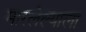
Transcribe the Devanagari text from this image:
मारलेल्‍याला